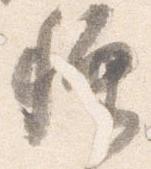
種